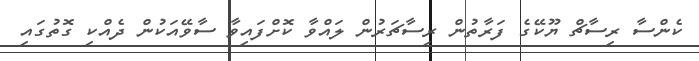
ކެންސާ ރިސާޗް ޔޫކޭގެ ފަރާތުން ރިސާޗަރުން ލައްވާ ކޮށްފައިވާ ސާވޭއަކުން ދެއްކި ގޮތުގައި